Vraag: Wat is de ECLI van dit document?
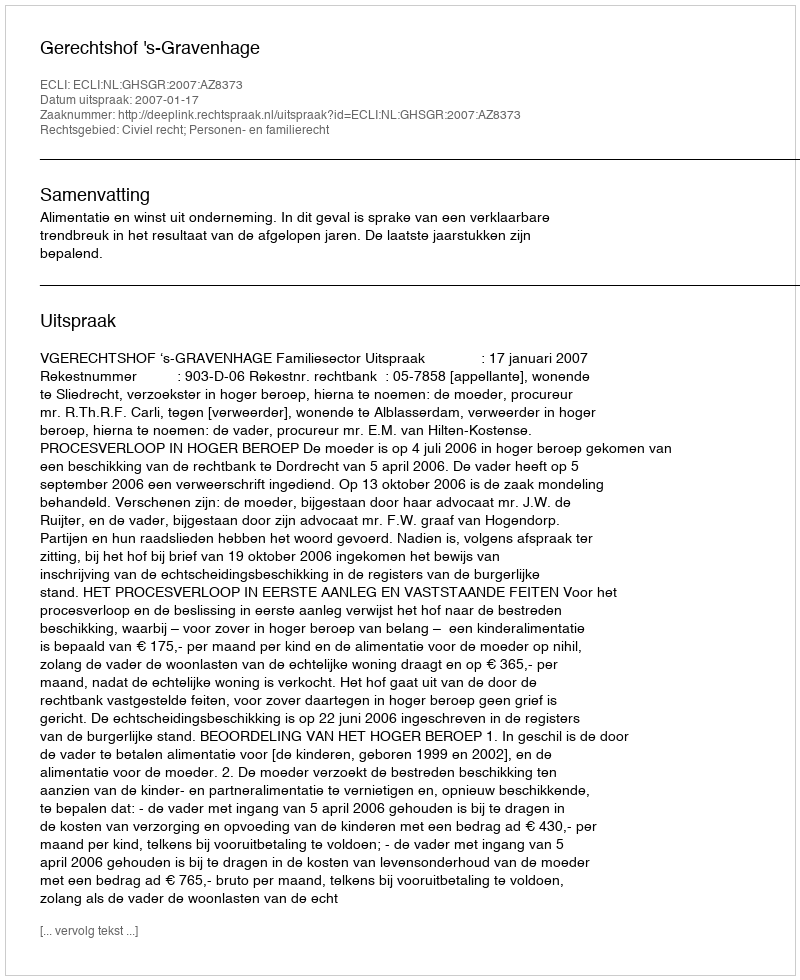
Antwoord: ECLI:NL:GHSGR:2007:AZ8373